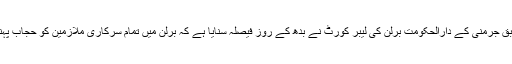
تفصیلات کے مطابق جرمنی کے دارالحکومت برلن کی لیبر کورٹ نے بدھ کے روز فیصلہ سنایا ہے کہ برلن میں تمام سرکاری ملازمین کو حجاب پہننے پر پابندی ہے۔